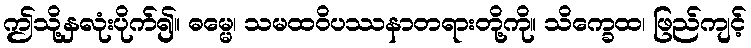
ဤသို့နှလုံးပိုက်၍။ ဓမ္မေ၊ သမထဝိပဿနာတရားတို့ကို။ သိက္ခေထ၊ ဖြည်ကျင့်